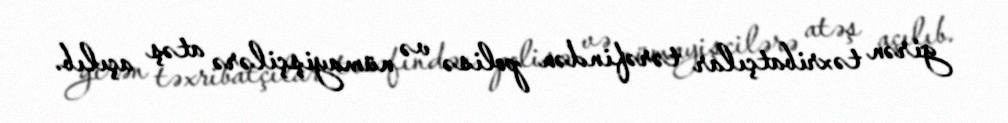
girən təxribatçılar tərəfindən polisə və nümayişçilərə atəş açılıb.